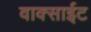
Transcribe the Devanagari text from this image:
वाक्साईट